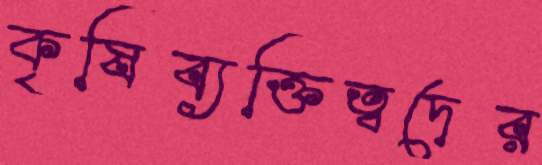
কৃষিব্যক্তিত্বদের